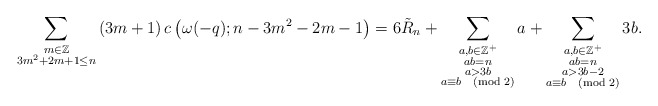
\begin{align*} \sum_{\substack{m\in \mathbb{Z}\\3m^2+2m+1\leq n}}&\left(3m+1\right) c\left(\omega(-q); n-3m^2-2m-1\right) =6\tilde{R}_n+\sum_{\substack{a,b\in\mathbb{Z}^+\\ab=n\\a>3b\\a\equiv b\pmod{2}}} a+\sum_{\substack{a,b\in\mathbb{Z}^+\\ab=n\\a>3b-2\\a\equiv b\pmod{2}}} 3b.\end{align*}